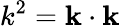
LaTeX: k^{2}=\mathbf{k}\cdot\mathbf{k}